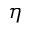
\eta